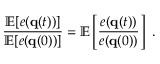
\frac { \mathbb { E } [ e ( { \bf q } ( t ) ) ] } { \mathbb { E } [ e ( { \bf q } ( 0 ) ) ] } = \mathbb { E } \left[ \frac { e ( { \bf q } ( t ) ) } { e ( { \bf q } ( 0 ) ) } \right] \mathrm { ~ . ~ }